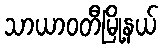
သာယာဝတီမြို့နယ်